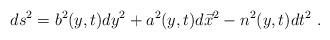
LaTeX: \begin{align*}ds^2= b^2 (y,t) dy^2+a^2 (y,t) d\vec{x}^2-n^2 (y,t) dt^2\ .\end{align*}